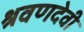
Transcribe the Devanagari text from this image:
श्रवणदेवी